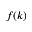
f ( k )